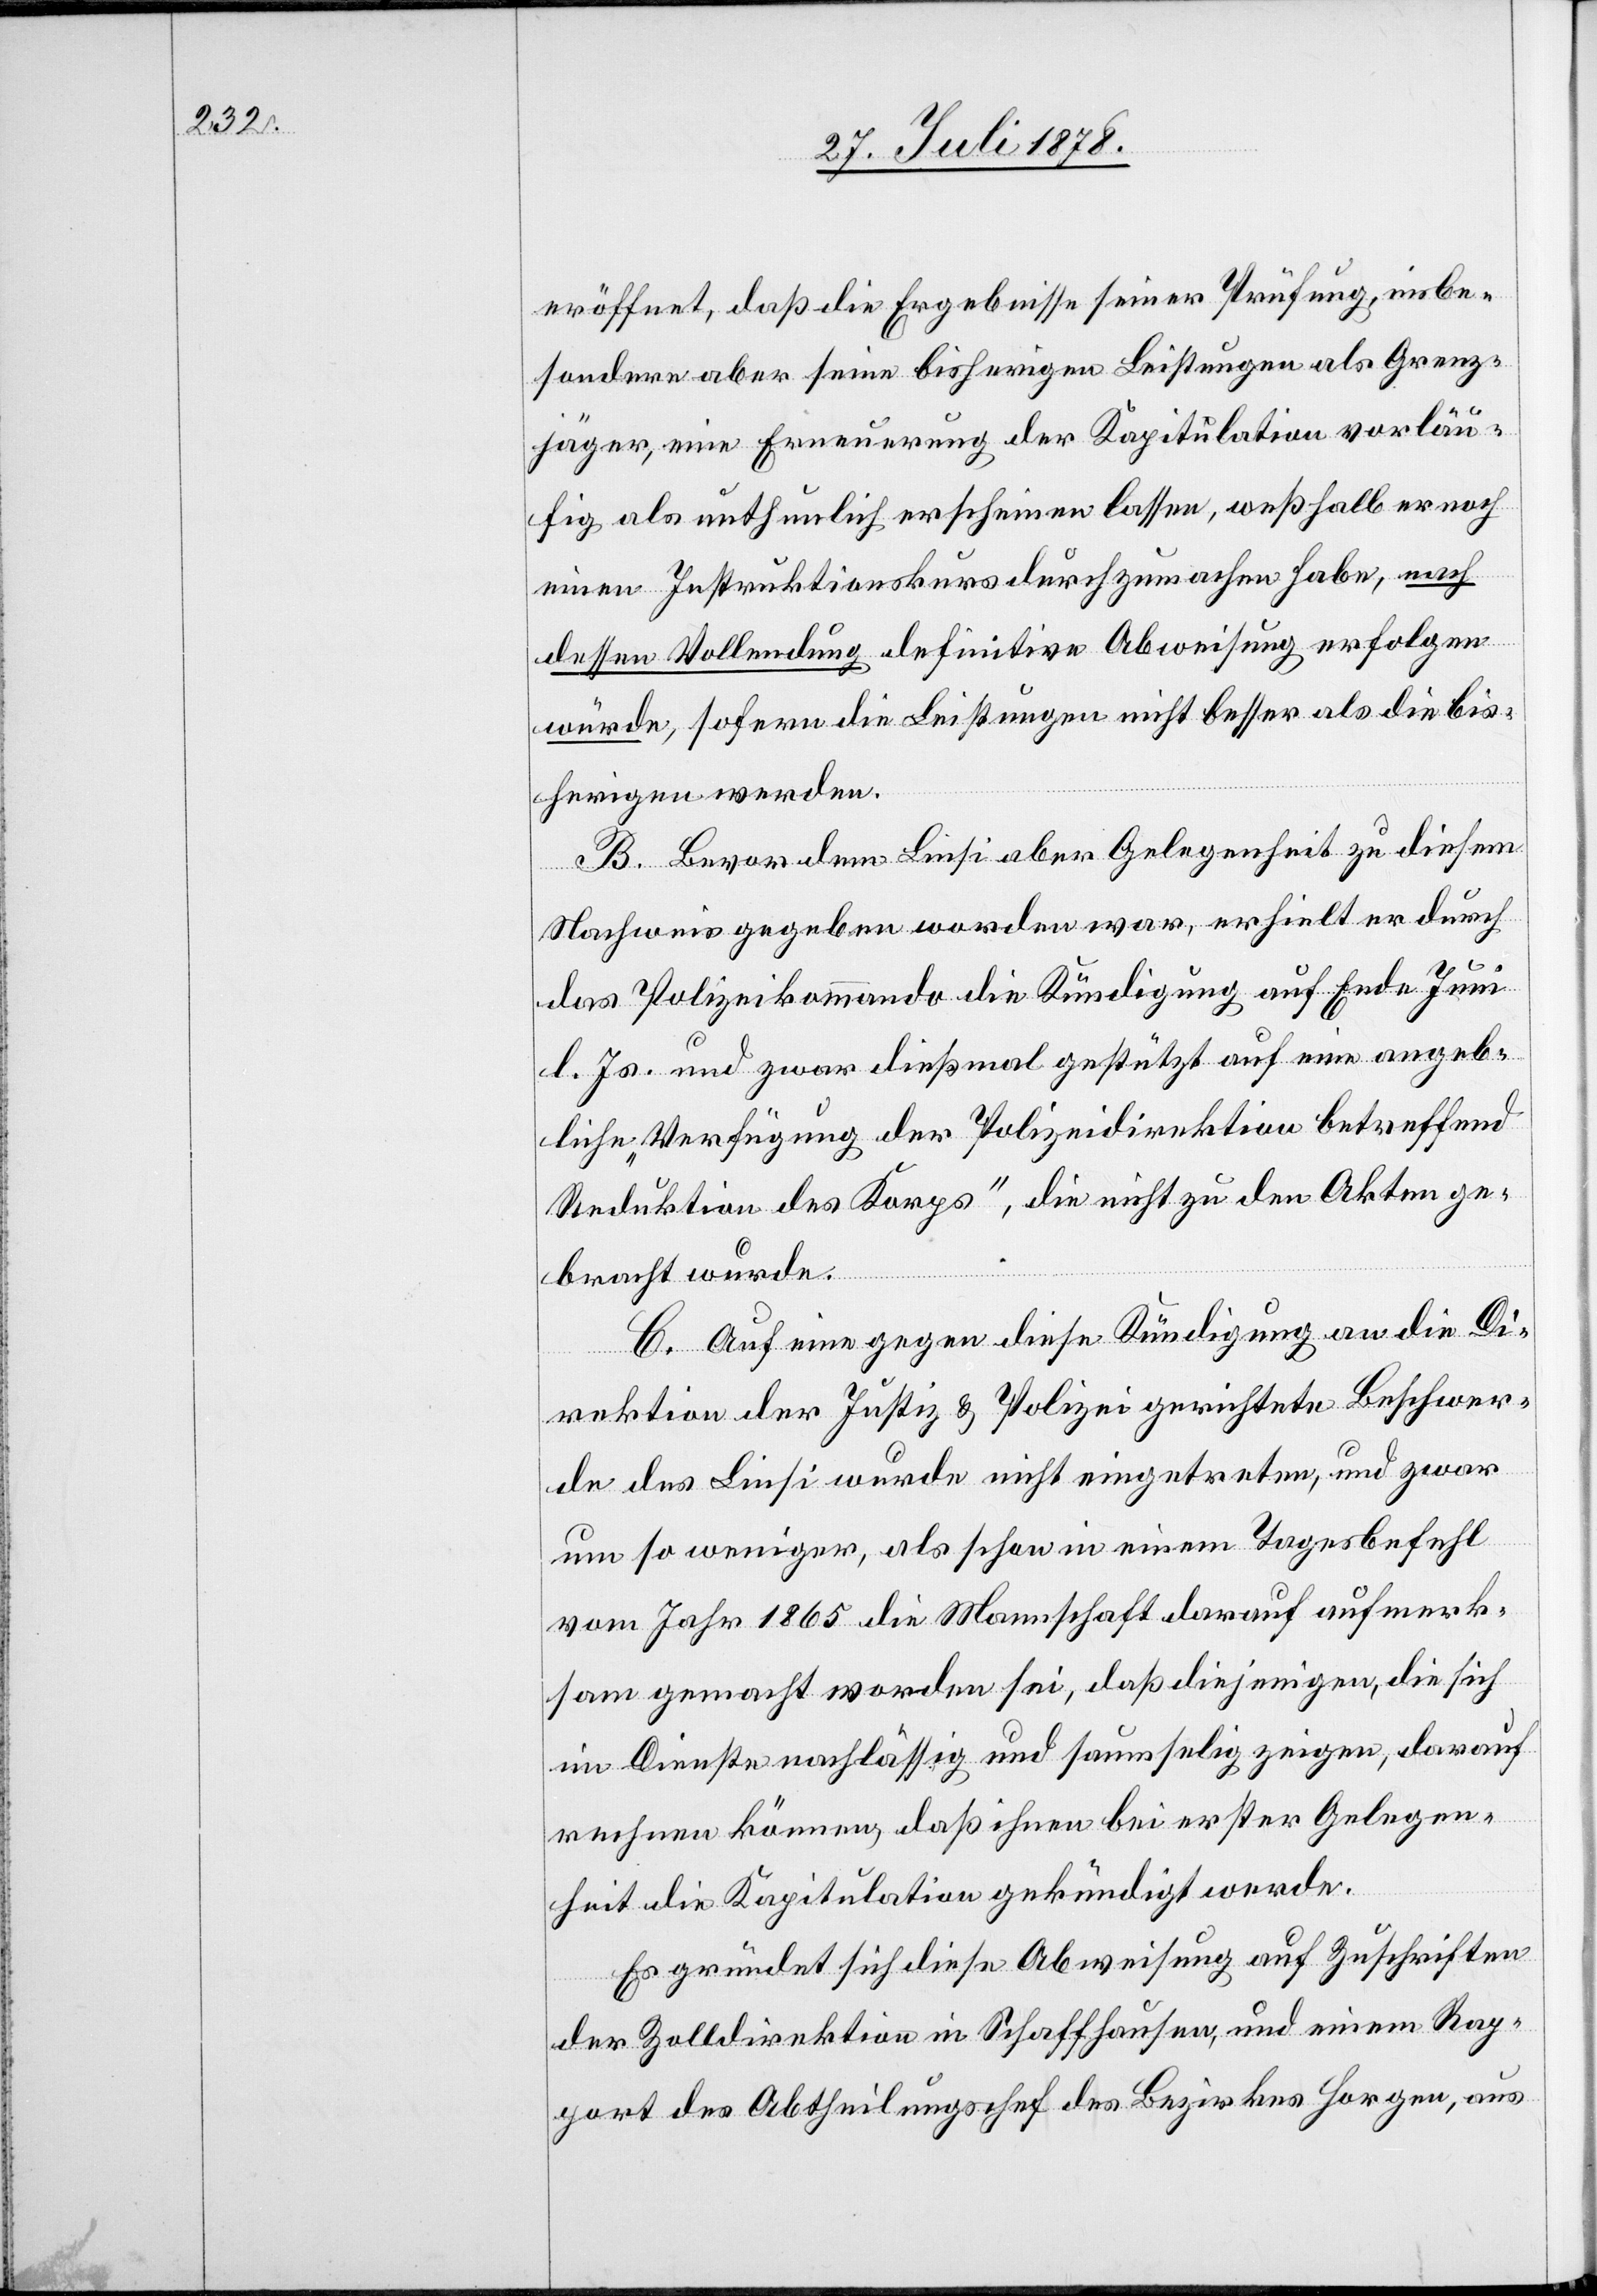
eröffnet, daß die Ergebnisse seiner Prüfung, insbe¬
sondere aber seine bisherigen Leistungen als Grenz¬
jäger, eine Erneuerung der Kapitulation vorläu¬
fig als unthunlich erscheinen lassen, weßhalb er noch
einen Instruktionskurs durchzumachen habe, nach
dessen Vollendung definitive Abweisung erfolgen
würde, sofern die Leistungen nicht besser als die bis¬
herigen werden.
B. Bevor dem Liesi aber Gelegenheit zu diesem
Nachweis gegeben worden war, erhielt er durch
das Polizeikommando die Kündigung auf Ende Juni
l. Js. und zwar dießmal gestützt auf eine angeb¬
liche „Verfügung der Polizeidirektion betreffend
Reduktion des Korps“, die nicht zu den Akten ge¬
bracht wurde.
C. Auf eine gegen diese Kündigung an die Di¬
rektion der Justiz & Polizei gerichtete Beschwer¬
de des Liesi wurde nicht eingetreten, und zwar
um so weniger, als schon in einem Tagesbefehl
vom Jahr 1865 die Mannschaft darauf aufmerk¬
sam gemacht worden sei, daß diejenigen, die sich
im Dienste nachlässig und saumselig zeigen, darauf
rechnen können, daß ihnen bei erster Gelegen¬
heit die Kapitulation gekündigt werde.
Es gründet sich diese Abweisung auf Zuschriften
der Zolldirektion in Schaffhausen, und einem Rap¬
port des Abtheilungschef des Bezirkes Horgen, aus